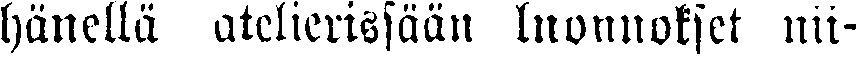
hänellä atelierissään luonnokset nii-